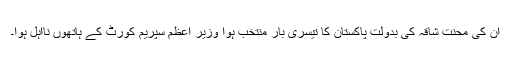
ان کی محنتِ شاقہ کی بدولت پاکستان کا تیسری بار منتخب ہوا وزیر اعظم سپریم کورٹ کے ہاتھوں نااہل ہوا۔